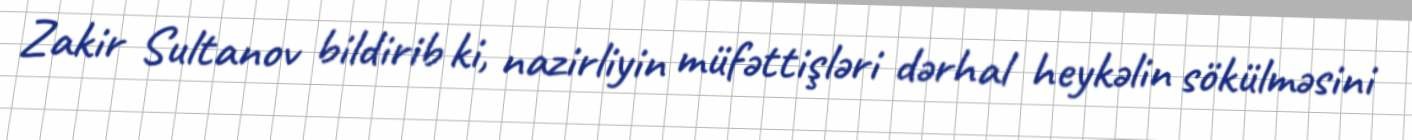
Zakir Sultanov bildirib ki, nazirliyin müfəttişləri dərhal heykəlin sökülməsini